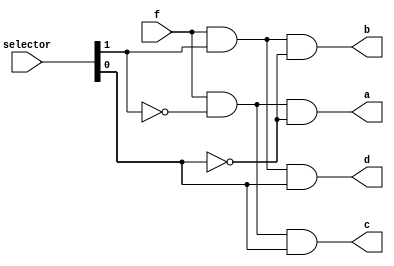
module T12_demultiplexer_with_always (
    input f,
    input [1:0] selector,
    output reg a, b, c, d);
    
    always @(f or selector) begin
        a = ((f & ~selector[1]) & ~selector[0]);
        b = ((f & selector[1]) & ~selector[0]);
        c = ((f & ~selector[1]) & selector[0]);
        d = (( f & selector[1]) & selector[0]);
    end
endmodule

module T12_Tb_demultiplexer_with_always;

    reg f;
    reg [1:0] selector;
    wire a, b, c, d;
    integer i;
    T12_demultiplexer_with_always demux(.f(f), .selector(selector), .a(a), .b(b), .c(c), .d(d));

    initial begin
        

        {f, selector} <= 0;

        $monitor("f :%0b selector :%0b a :%0b b :%0b c :%0b d :%0b", 
        f, selector, a, b, c, d);

        for (i = 0; i <= 7 ; i = i + 1) begin
            {f, selector} = i;
            #10;
        end
    end
endmodule